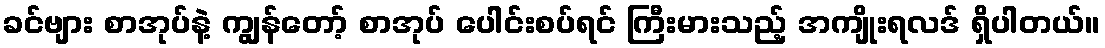
ခင်ဗျား စာအုပ်နဲ့ ကျွန်တော့် စာအုပ် ပေါင်းစပ်ရင် ကြီးမားသည့် အကျိုးရလဒ် ရှိပါတယ်။